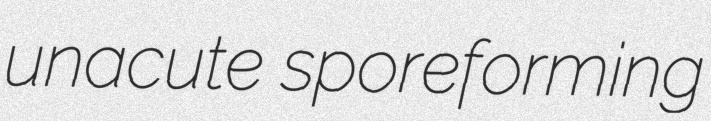
unacute sporeforming